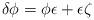
LaTeX: \begin{align*}\delta \phi = \phi \epsilon + \epsilon \zeta\end{align*}